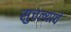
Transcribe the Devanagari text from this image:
सुचल्याचे